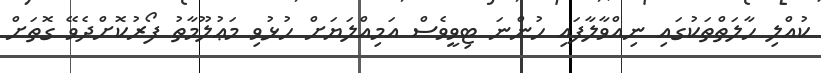
ކުއްލި ހާލަތްތަކުގައި ނިއްވާލާފައި ހުންނަ ޓިވީވެސް އަމިއްލަޔަށް ހުޅުވި މަޢުލޫމާތު ފޯރުކޮށްދެވޭ ގޮތަށް